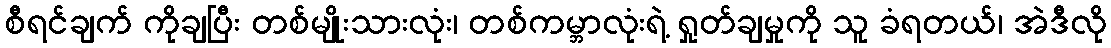
စီရင်ချက် ကိုချပြီး တစ်မျိုးသားလုံး၊ တစ်ကမ္ဘာလုံးရဲ့ ရှုတ်ချမှုကို သူ ခံရတယ်၊ အဲဒီလို